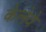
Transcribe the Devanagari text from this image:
केलेवे